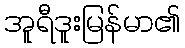
အူရီဒူးမြန်မာ၏